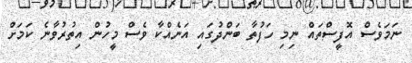
ނަމަވެސް އޮފީސްތައް ނިމި ހަފުތާ ބަންދުގައި އަނެއްކާ ވެސް މީހުން އިތުރުވާނެ ކަމަށް